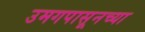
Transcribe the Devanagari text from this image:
उमगपासूनच्या